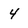
Character: 4